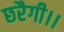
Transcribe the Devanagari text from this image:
छरैगी।।